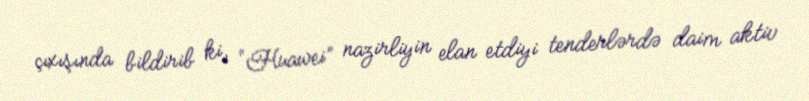
çıxışında bildirib ki, “Huawei” nazirliyin elan etdiyi tenderlərdə daim aktiv